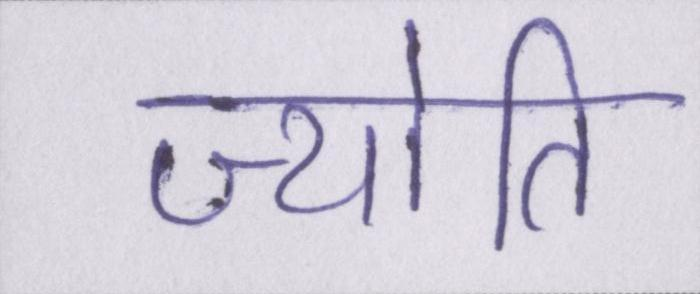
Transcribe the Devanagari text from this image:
ज्योति